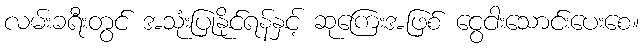
လမ်းခရီးတွင် အသုံးပြုနိုင်ရန်နှင့် ဆုကြေးအဖြစ် ငွေငါးသောင်းပေးစေ။